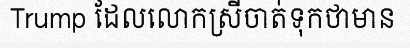
Trump ដែលលោកស្រីចាត់ទុកថាមាន